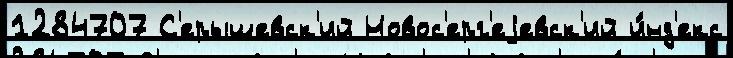
1284707 С'ерышевск'ий Новос'ерг'еjевск'ий и́нд'екс